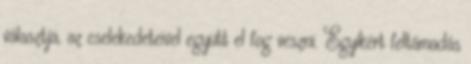
választja, az cselekedeteivel együtt el fog veszni. Egyikért feltámadás